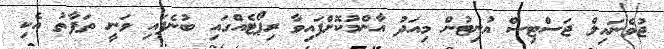
ޖުވެނައިލް ޖަސްޓިސް ޔުނިޓުން މިއަދު އާންމުކޮށްފައިވާ ރިޕޯޓެއްގައި ބުނެފައި ވަނީ ތަފާތު އެކި